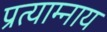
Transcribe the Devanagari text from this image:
प्रत्याम्नाय